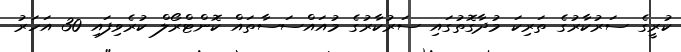
ކުރީގެ ސަރުކާރުގެ ތަރިކަ މުދާގޮތުގައި ސަރުކާރުގެ މުއައްސަސާތައް ކޮންޓްރޯލް ކުރެވިފައި 30 އަހަރު